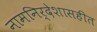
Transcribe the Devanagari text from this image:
नामनिर्देशासहीत